Document type: Sale
Year: 1235
Scribe: Pere de Bages
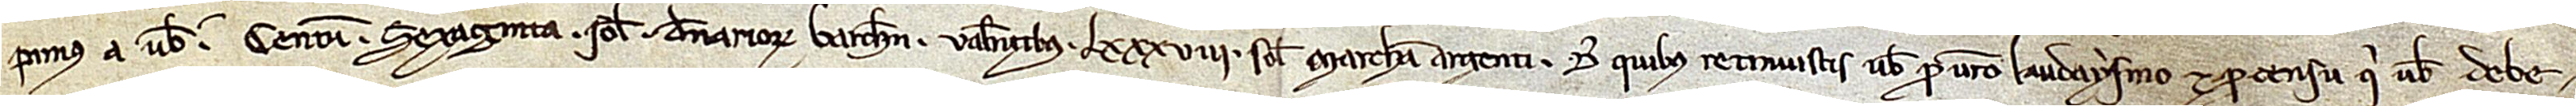
pimus a vobis centum sexaginta solidos denariorum Barchinone valentibus LXXXVIII solidis marcha argenti, de quibus retinuistis vobis pro puro laudaysmo et pro censu qui vobis debe-